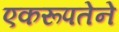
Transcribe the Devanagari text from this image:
एकरूपतेने